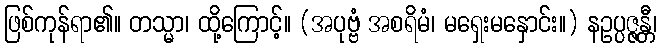
ဖြစ်ကုန်ရာ၏။ တသ္မာ၊ ထို့ကြောင့်။ (အပုဗ္ဗံ အစရိမံ၊ မရှေးမနှောင်း။) နဥပ္ပဇ္ဇန္တီ၊